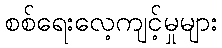
စစ်ရေးလေ့ကျင့်မှုများ